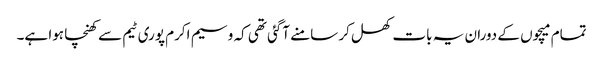
تمام میچوں کے دوران یہ بات کھل کر سامنے آگئی تھی کہ وسیم اکرم پوری ٹیم سے کھنچا ہوا ہے۔